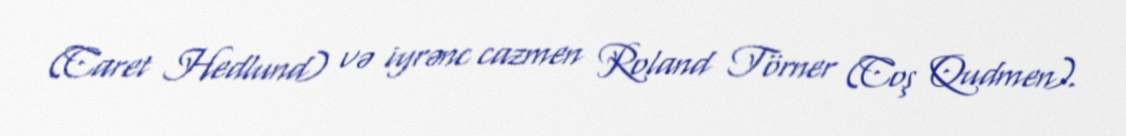
(Caret Hedlund) və iyrənc cazmen Roland Törner (Coş Qudmen).